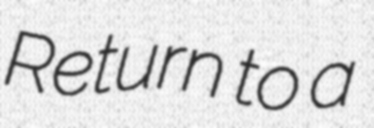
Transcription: Return to a